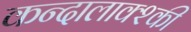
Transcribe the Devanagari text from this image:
कन्दालाक्श्की